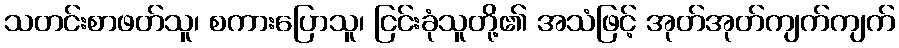
သတင်းစာဖတ်သူ၊ စကားပြောသူ၊ ငြင်းခုံသူတို့၏ အသံဖြင့် အုတ်အုတ်ကျက်ကျက်